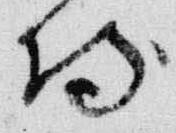
侍